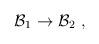
LaTeX: \begin{align*}{\cal B}_1 \rightarrow {\cal B}_2 \ ,\end{align*}